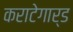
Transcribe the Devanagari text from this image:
कराटेगार्ड